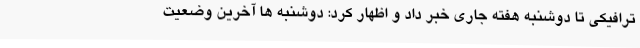
ترافیکی تا دوشنبه هفته جاری خبر داد و اظهار کرد: دوشنبه ها آخرین وضعیت